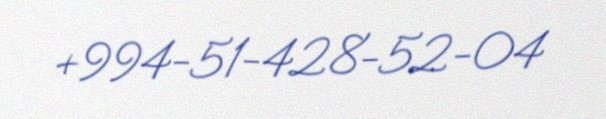
+994-51-428-52-04